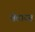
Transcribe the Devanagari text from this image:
श्वेताव्ज